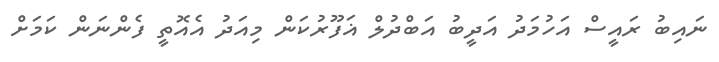
ނައިބު ރައީސް އަހުމަދު އަދީބު އަބްދުލް ޣަފޫރުކަން މިއަދު އެއޮތީ ފެންނަން ކަމަށް